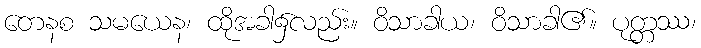
တေနစ သမယေန၊ ထိုအခါ၌လည်း။ ဝိသာခါယ၊ ဝိသာခါ၏။ ပုတ္တဿ၊